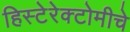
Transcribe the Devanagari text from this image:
हिस्टेरेक्टोमीचे